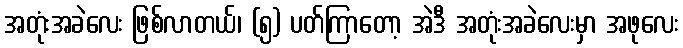
အတုံးအခဲလေး ဖြစ်လာတယ်၊ (၅) ပတ်ကြာတော့ အဲဒီ အတုံးအခဲလေးမှာ အဖုလေး